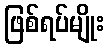
ဖြစ်ရပ်မျိုး